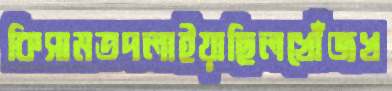
কিসামতদলাইয়াছিলখোঁজখ